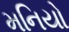
મનિયો